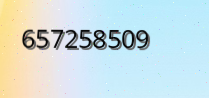
657258509